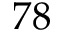
7 8